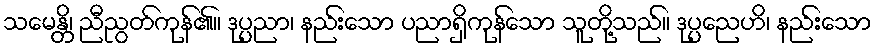
သမေန္တိ၊ ညီညွတ်ကုန်၏။ ဒုပ္ပညာ၊ နည်းသော ပညာရှိကုန်သော သူတို့သည်။ ဒုပ္ပညေဟိ၊ နည်းသော